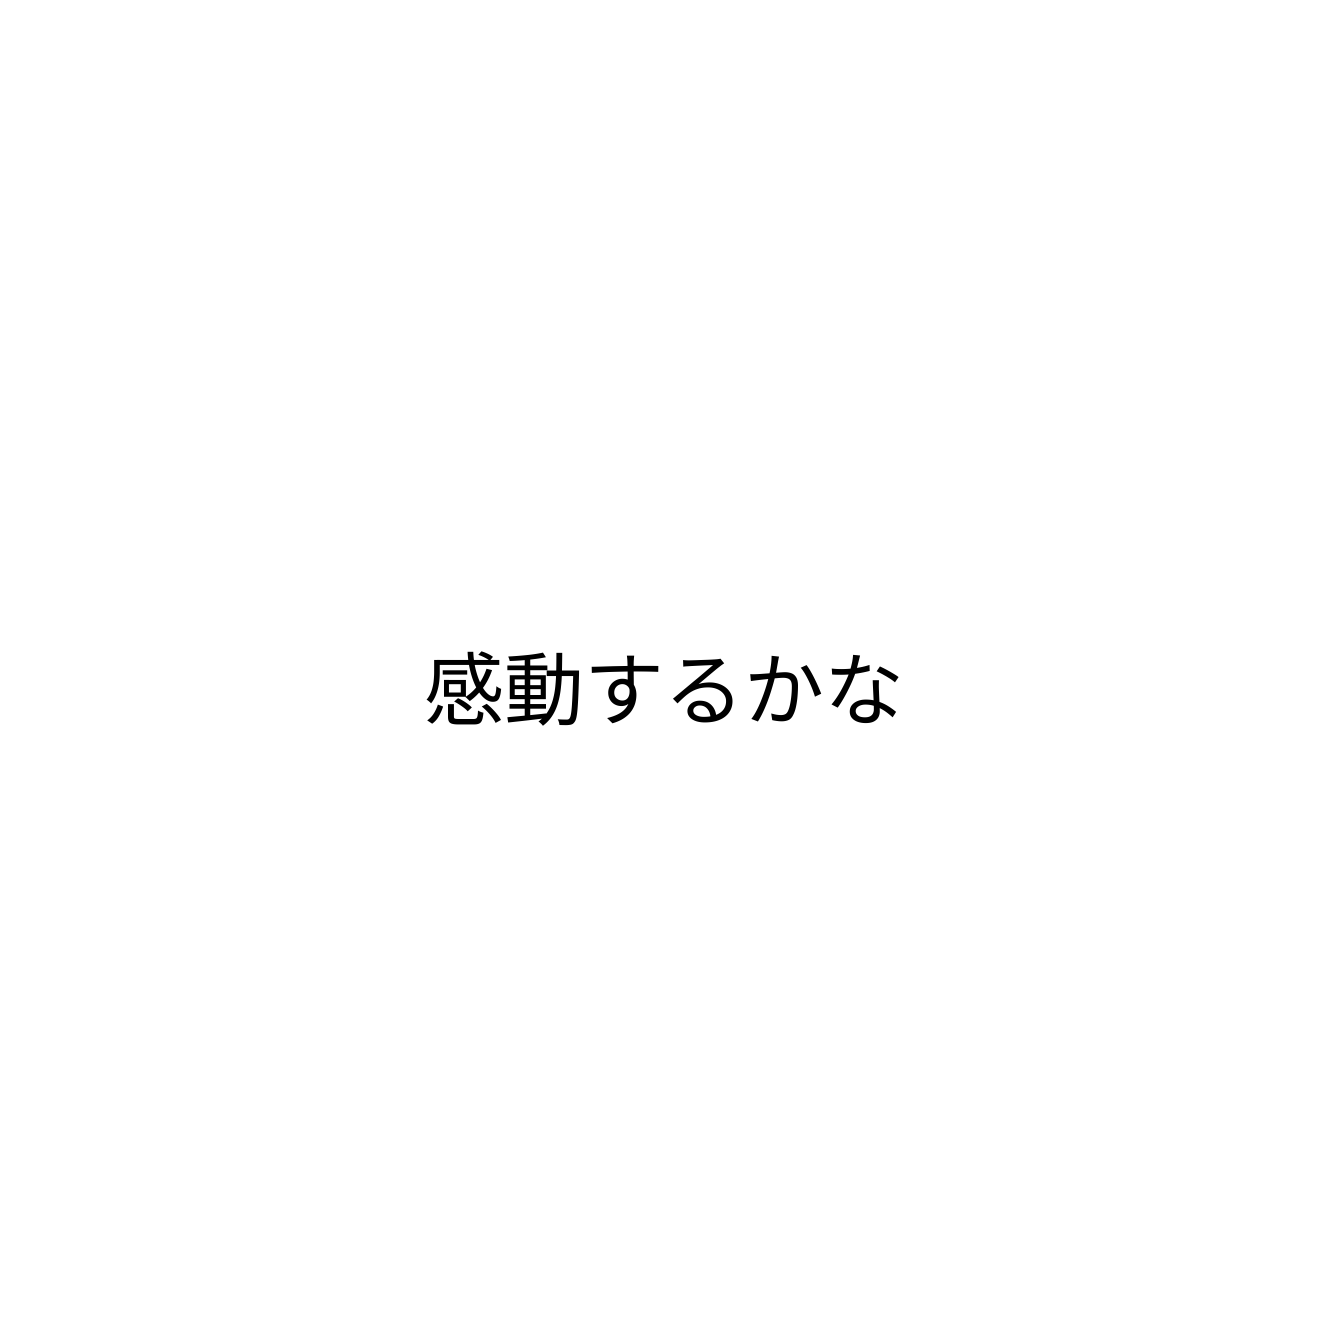
感動するかな